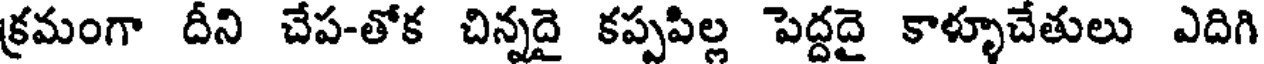
క్రమంగా దీని చేప-తోక చిన్నదై కప్పపిల్ల పెద్దదై కాళ్ళూచేతులు ఎదిగి